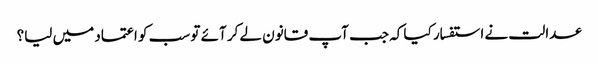
عدالت نے استفسار کیا کہ جب آپ قانون لے کر آئے تو سب کو اعتماد میں لیا؟